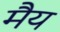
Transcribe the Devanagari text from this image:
मैय